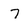
Character: 7